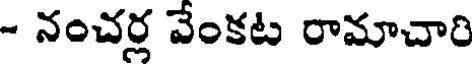
- నంచర్ల వేంకట రామాచారి